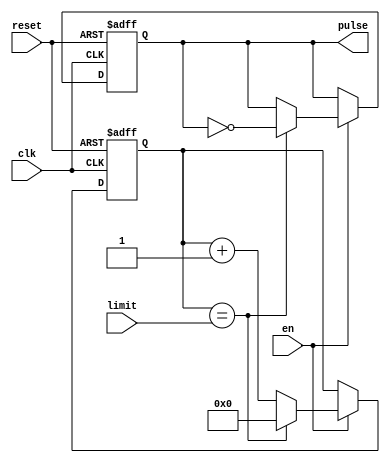
module downClocker(pulse, limit, en, clk, reset);
	output reg pulse;
	input  clk, reset, en;
	input [25:0] limit;
	reg   [25:0] out;
	// 26'd24999999 for 1 sec
	always @(posedge clk or negedge reset) begin
		if(~reset) begin
			out <= 26'd0;
			pulse <= 1'b0;
		end
		else if(en) begin
			out <= out + 26'd1;					// Combinational action 1
			if(out == limit) begin				// Combinational action 2
				pulse <= ~pulse;
				out <= 26'd0;
			end
		end
	end
endmodule